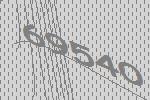
69540